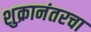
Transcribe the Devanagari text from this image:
शुक्रानंतरचा